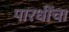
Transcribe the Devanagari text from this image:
पारधींचा